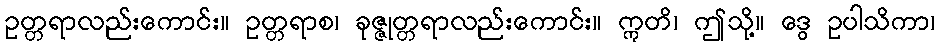
ဥတ္တရာလည်းကောင်း။ ဥတ္တရာစ၊ ခုဇ္ဇုတ္တရာလည်းကောင်း။ ဣတိ၊ ဤသို့။ ဒွေ ဥပါသိကာ၊